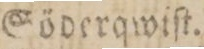
Söderqwiſt.